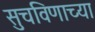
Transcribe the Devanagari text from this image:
सुचविणाच्या